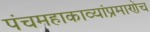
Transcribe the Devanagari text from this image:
पंचमहाकाव्यांप्रमाणेच